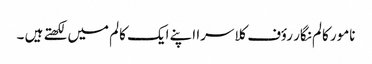
نامور کالم نگار رؤف کلاسرا اپنے ایک کالم میں لکھتے ہیں ۔